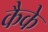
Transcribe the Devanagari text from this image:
कैके